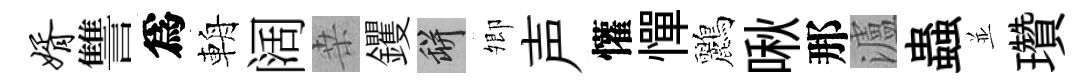
婿讐爲輈阔桒钁瓶𡖖声懽憚鸝啾那瀘蟲並瓚